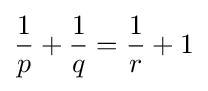
{\frac {1}{p}}+{\frac {1}{q}}={\frac {1}{r}}+1